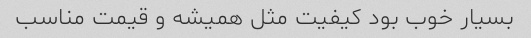
بسیار خوب بود کیفیت مثل همیشه و قیمت مناسب